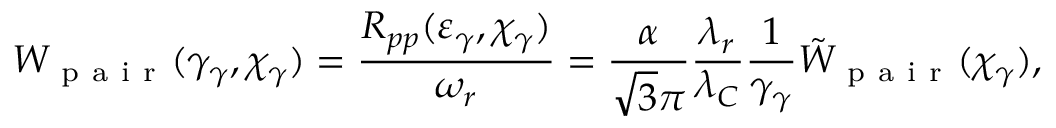
W _ { \mathrm { ~ p ~ a ~ i ~ r ~ } } ( \gamma _ { \gamma } , \chi _ { \gamma } ) = \frac { R _ { p p } ( \varepsilon _ { \gamma } , \chi _ { \gamma } ) } { \omega _ { r } } = \frac { \alpha } { \sqrt { 3 } \pi } \frac { \lambda _ { r } } { \lambda _ { C } } \frac { 1 } { \gamma _ { \gamma } } \tilde { W } _ { \mathrm { ~ p ~ a ~ i ~ r ~ } } ( \chi _ { \gamma } ) ,